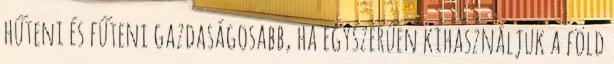
hűteni és fűteni gazdaságosabb, ha egyszerűen kihasználjuk a föld